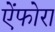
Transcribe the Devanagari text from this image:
ऐंफोरा